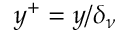
y ^ { + } = y / \delta _ { \nu }